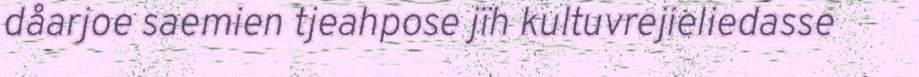
dåarjoe saemien tjeahpose jïh kultuvrejieliedasse